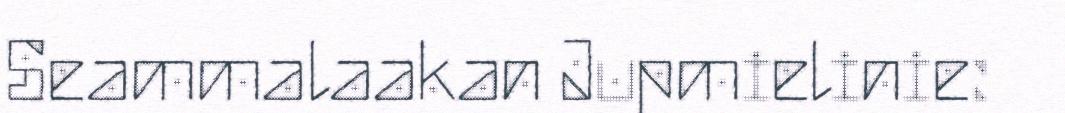
Seammalaakan Jupmielinie: